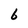
Character: 6